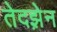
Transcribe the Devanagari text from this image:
तेदझ़ेन